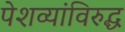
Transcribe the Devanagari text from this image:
पेशव्यांविरुद्ध